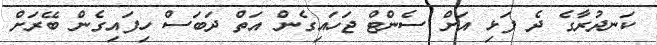
ކަނދުރާގެ ދެ ފަޅި އަށް ސެންޓް ޖަހައިގެން އަތް ދަބަސް ހިފައިގެން ބޭރަށް